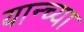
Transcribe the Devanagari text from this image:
यान्च्या